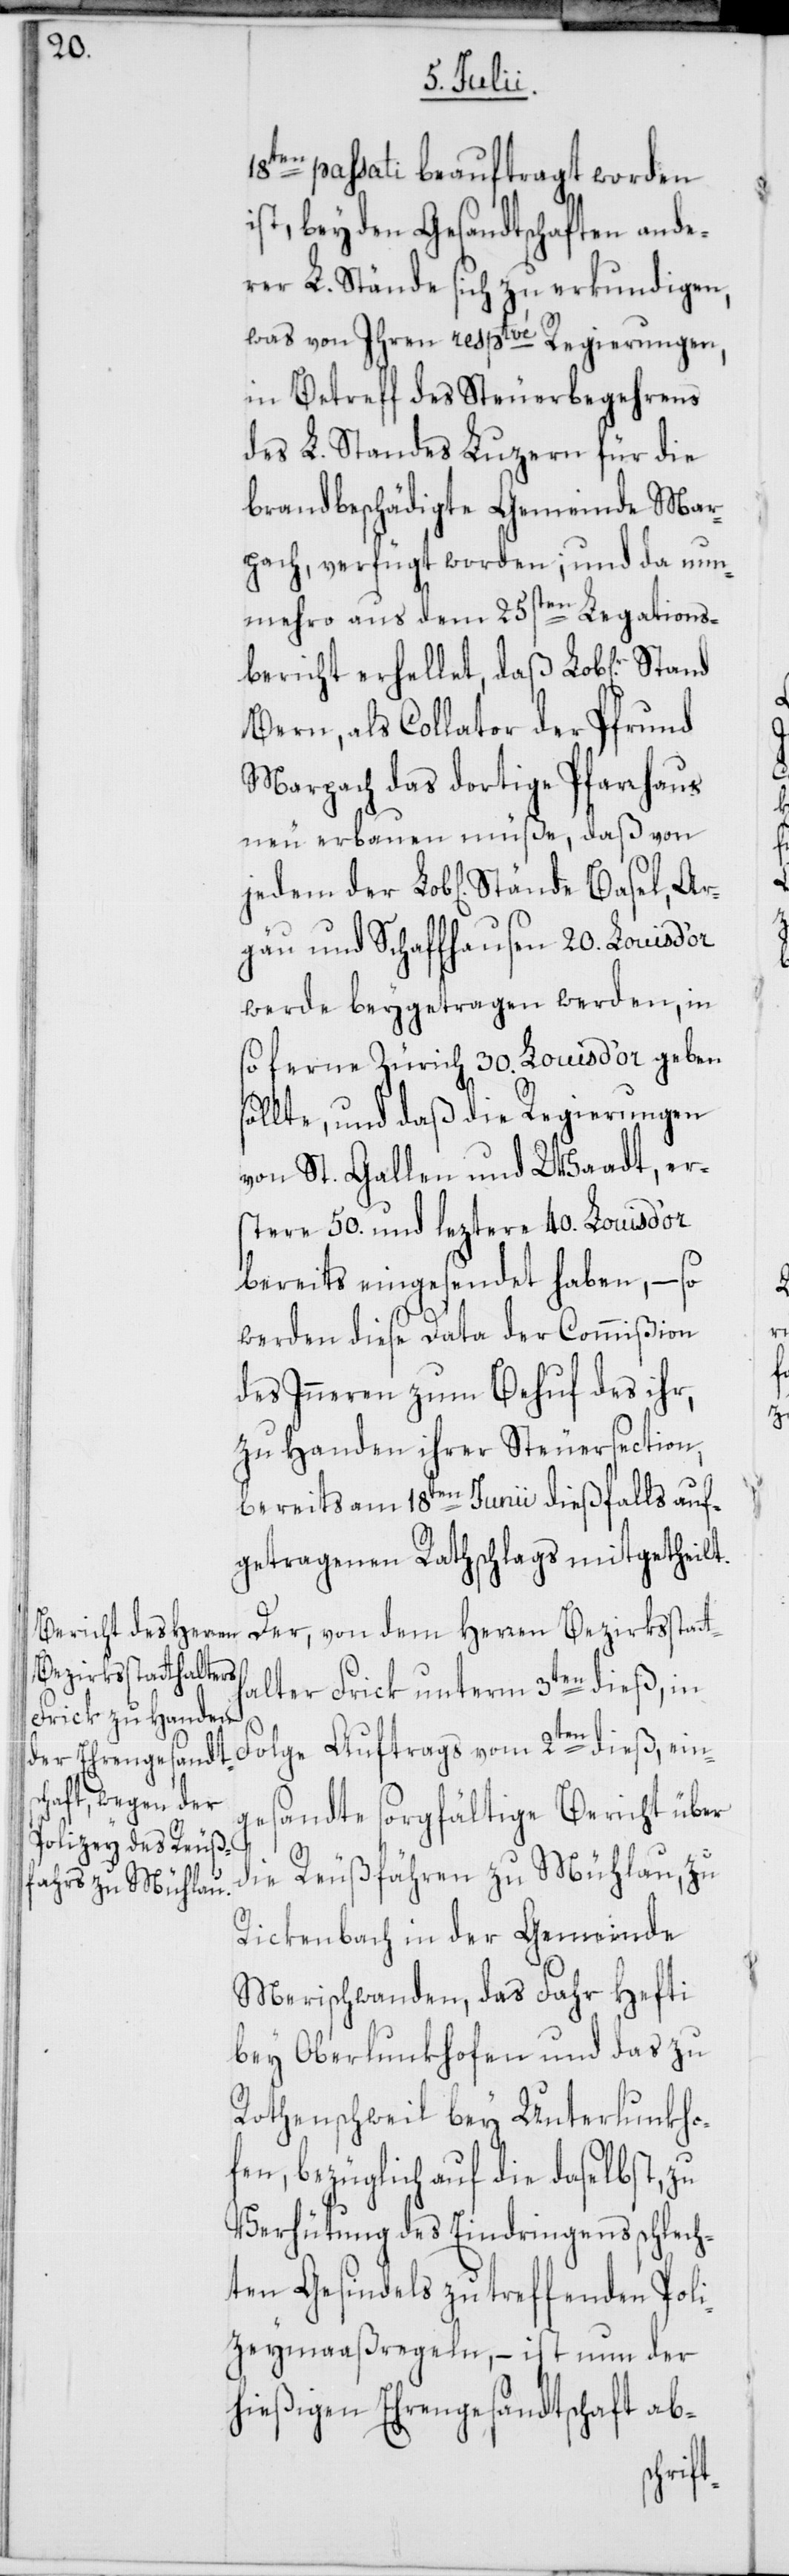
18ten passati beauftragt worden
ist, bey den Gesandtschaften ande¬
rer L. Stände sich zu erkundigen,
was von Ihren resptvé Regierungen,
in Betreff des Steuerbegehrens
des L. Standes Luzern für die
brandbeschädigte Gemeinde Mar¬
pach, verfügt worden; und da nun¬
mehro aus dem 25sten Legations¬
bericht erhellet, daß Lob[liche]r
Bern, als Collator der Pfrund
Marpach das dortige Pfarrhaus
neu erbauen müße, daß von
gäu und Schaffhausen 20. Louis d’or
werde beygetragen werden, in
so ferne Zürich 30. Louis d’or geben
sollte, und daß die Regierungen
von St. Gallen und Waadt, er¬
stere 50. und leztere 40. Louis d’or
bereits eingesendet haben, – so
werden diese Data der Commißion
des Inneren zum Behuf des ihr,
zu Handen ihrer Steuersection,
bereits am 18ten Junii dießfalls auf¬
getragenen Rathschlags mitgetheilt.
Der, von dem Herren Bezirksstatt¬
halter Frick unterm 3ten dieß, in
Ar¬
Folge Auftrags vom 2ten dieß, ein¬
gesandte sorgfältige Bericht über
die Reußfähren zu Mühlau, zu
Rickenbach in der Gemeinde
Merischwanden, das Fahr Hefti
bey Oberlunkhofen und das zu
Rothenschweil bey Unterlunkho¬
fen, bezüglich auf die daselbst, zu
Verhütung des Eindringens schlech¬
ten Gesindels zu treffenden Poli¬
zeymaaßregeln, – ist nun der
hießigen Ehrengesandtschaft ab-